Vital statistics of India. Vol. IV, Annual returns from 1871 to 1876. British Army of India, Native Army and jails of Bengal
Year: 1871
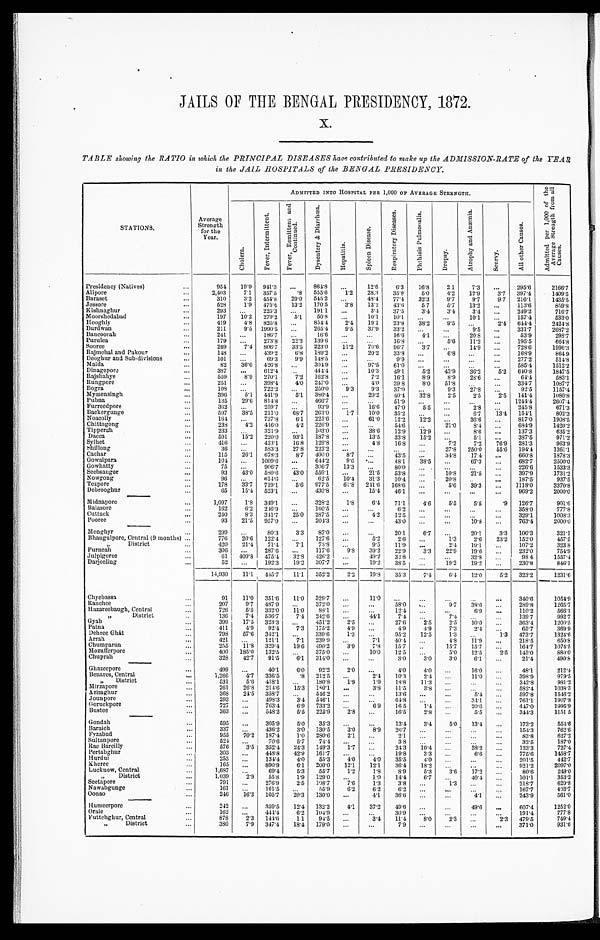
J A I L S O F T H E B E N G A L P R E S I D E N C Y 1 8 7 2 .
TABLE showing the RATIO in which the PRINCIPAL DISEASES have contributed to make up the ADMISSION-RATE of the FEAR
in the JAIL HOSPITALS of the BENGAL PRESIDENCY.
S T A T I O N S .
Average
Strength
for the
Year.
ADMITTED INTO HOSPITAL PER 1,000 OF AVERAGE STRENGTH.
A d m i t t e d p e r 1 , 0 0 0 o f t h e A v e r a g e S t r e n g t h f r o m a l l C a u s e s .
C h o l e r a .
F e v e r , I n t e r m i t t e n t .
F e v e r , R e m i t t e n t a n d C o n t i n u e d .
D y s e n t e r y &
D i a r r h œ a .
H e p a t i t i s .
S p l e e n D i s e a s e .
R e s p i r a t o r y D i s e a s e s .
P h t h i s i s P u l m o n a l i s .
D r o p s y .
A t r o p h y a n d A n æ m i a .
S c u r v y .
A l l o t h e r C a u s e s .
Presidency (Natives) . . .
954
19.9 941.3
. . . 864.8
. . .
12.6
6.3
16.8
21
7.3
. . . 295.6
2166.7
Alipore . . .
2,403
7.1
357.5
.8
555.6
1.2
28.3
35.8
5.0
4 . 2 12.9
3.7 397.4
1409.5
Baraset . . .
310
3.2 454.8
29.0 545.2
. . .
48.4
77.4
32.3
9.7
9.7
9.7
216.1
1435.5
Jessore . . .
528
1.9
475.4
13.2
170.5
3.8
13.2
43.6
5.7
5.7
13.2
. . . 113.6
859.8
Kishnaghur . . .
293
. . . 225.3
. . . 191.1
. . .
3.4
37.5
3.4
3.4
3 . 4
. . .
249.2
716.7
Moorshedabad . . .
197
10.2
279.2
5.1
50.8
. . .
10.1
10.1
. . .
. . .
10.1
. . . 157.4
533.0
Hooghly . . .
419
4.8
825.8 . . .
854.4
2.4
19.1
23.8
38.2
9.5
. . .
2.4 644.4
2424.8
Burdwan . . .
211
9.5 1990.5
. . . 265.4
9.5
37.9
33.2
. . .
. . .
9.5
. . . 331.7
2687.2
Bancoorah . . .
241
. . . 186.7
. . .
16.6
. . .
. . .
16.6 . . .
. . .
20.8
. . .
53.9
298.7
Purulea . . .
179
. . . 273.8
22.3
139.6
. . .
. . .
16.8
. . .
5.6
11.2
. . . 195.5
664.8
Sooree . . .
269
7.4 806.7
33.5 223.0
11.2
71.6
96.7
3.7
. . .
14.9
. . . 728.6
1996.3
Bajmehal and Pakour . . .
148
. . . 439.2
6.8 189.2
. , .
20.2
330.8
. . .
6.8
. . .
. . . 168.9
864.9
Deoghur and Sub-divisions . . .
101
. . .
69.3
9.9 148.5
. . .
. . .
9.9 . . .
. . .
. . .
. . . 277.2
514.8
Malda . . .
82
36.6 426.8
. . . 304.9
. . .
97.5
61.0
. . .
. . .
. . .
. . . 585.4
1512.2
Dinagepore . . .
387
. . . 612.4
. . . 444.4
. . .
10.3
49.1
5.2
43.9
36.2
5.2 640.8
1847.5
Rajshahye . . .
559
8.9
270.1
7.2 162.8
. . .
7.2
16.1
8.9
8.9
28.6
. . .
64.4
583.1
Rungpore . . .
251
. . . 398.4
4 . 0 247.0
. . .
4.0
39.8
8.0
51.8
. . .
. . . 334.7
1087.7
Bogra . . .
108
. . . 722.2
. . . 250.0
9.3
9.3
37.0
. . .
9.3
27.8
. . .
92.5
1157.4
Mymensingh . . .
396
5.1
441.9
5.1 386.4
. . .
20.2
40.4
32.8
2.5
2.5
2.5 141.4
1080.8
Pubna . . .
135
29.6 814.8
. . . 466.7
. . .
. . .
51.9
. . .
. . .
. . .
. . . 1244.4
2607.4
Furreedpore . . .
362
. . . 259.7
. . .
9 3 . 9
. . .
16.6
47.0
5.5
. . .
2.8
. . . 245.8
671.3
Backergunge . . .
597
38.5
211.0
68.7 263.0
1.7
10.0
35.2
. . .
. . .
6.7
13.4 154.1
802.3
Noacolly . . .
164
. . . 737.8
6.1
225.6
. . .
61.0
12.2
12.2
. . .
36.6
. . . 817.0
1908.5
Chittagong . . .
238
4.2 416.0
4.2
226.9
. . .
. . .
54.6
. . .
21.0
8 . 4
. . .
684.9
1420.2
Tipperah . . .
233
. . . 321.9
. . . 103.0
. . .
38.6
12.9
12.9
. . .
8.6
. . . 137.3
635.2
Dacca . . .
591
15.2
220.0
93.1
187.8
. . .
13.5
33.8
15.2
. . .
5.1
. . . 387.5
971.2
Sylhet . . .
416
. . . 423.1
16.8
129.8
. . .
4.8
16.8
. . .
7.2
7.2
76.9
281.3
963.9
Shillong . . .
36
. . . 583.3
27.8
222.2
. . .
. . .
. . .
. . .
27.8
250.0
55.6 194.4
1361.1
Cachar . . .
115
26.1
678.3
8.7 400.0
8.7
. . .
43.5
. . .
34.8
17.4
. . . 660.8
1878.3
Gowalpara . . .
104
. . . 1009.6
. . . 644.2
9.6
. . .
48.1
38.5
. . .
67.3
. . . 682.7
2500.0
Gowhatty . . .
75
. . . 906.
. . .
306.7
13.3
. . .
80.0
. . .
. . .
. . .
. . . 226.6
1533.3
Seebsaugor . . .
93
43.0
580.6
43.0
559.1
. . .
21.5
53.8
. . .
10.8
21.5
. . . 397.9
1731.2
Nowgong . . .
96
. . . 614.6
. . .
62.5
10.4
31.3
10.4
. . .
20.8
. . .
. . . 187.5
937.5
Tezpore . . .
178
33.7
719.1
5.6
977.5
61.8
241.6 168.6
. . .
5.6
39.3
. . . 1118.0
3370.8
Debrooghur . . .
65
15.4 523.1
. . . 430.8
. . .
15.4
46.1
. . .
. . .
. . .
. . . 969.2
2000.0
Midnapore . . .
1,097 1.8
349.1
. . . 328.2
1.8
6.4
71.1
4.6
5.5
5.5
.9
126.7
901.6
Balasore . . .
162
6.2
246.9
. . . 160.5
. . .
. . .
6.2
. . .
. . .
. . .
. . . 358.0
777.8
Cuttack . . .
240
8.3
341.7
25.0
287.5
. . .
4.2
12.5
. . .
. . .
. . .
. . . 329.1
1008.3
Pooree . . .
93
21.5
957.0
. . .
204.3
. . .
. . .
43.0
. . .
. . .
10.8
. . . 763.4
2000.0
Monghyr . . .
299
. . . 80.3
3.3
87.0
. . .
. . . 20.1
6.7
. . .
20.1
3.3
100.3
321.1
Bhaugulpore, Central (9 months) . . .
776
20.6
122.4
. . .
127.6
. . .
5 . 2
2.6
. . .
1.3
2.6
23.2
152.0
457.5
" District . . .
420
21.4
71.4
7.1
73.8
. . .
9.5
11.9
. . .
2.4
19.1
. . . 107.2
323.8
Purneah . . .
306
. . . 287.6
. . .
117.6
9.8
39.2
22.9
3.3
22.9
19.6
. . . 232.0
754.9
Julpigoree . . .
61
409.8 475.4
32.8 426.2
. . .
49.2
32.8
. . .
. . .
32.8
. . .
98.4
1557.4
Darjeeling . . .
52
. . . 192.3
19.2 307.7
. . .
19.2
38.5
. . .
19.2
19.2
. . . 230.8
846.
1 4 , 9 3 0
11.1
445.7
11.1
352.2
2.2
19.8
35.3
7.4
6.4
12.0
5.2 323.2
1231.6
Cliyebassa . . .
91
11.0 351.6
11.0
329.7
. . .
11.0
. . .
. . .
. . .
. . .
. . .
340.6
1054.9
Ranchee . . .
207
9.7
487.9
. . . 372.0
. . .
. . .
58.0
. . .
9.7
38.6
. . .
289.8
1265.7
Hazareebaugh, Central . . .
726
5.5
332.0
11.0
88.1
. . .
. . .
12.4
. . .
. . .
6 . 9
. . .
110.2
566.1
" Di s t r i c t . . .
136
7.4 536.7
7.4 242.6
. . .
44.1
7.4
. . .
7.4
. . .
. . . 139.7
992.7
Gyah . . .
399
17.5 323.3
. . . 451.2
2.5
. . . 27.6
2.5
2.5
10.0
. . .
363.4
1200.5
Patna . . .
411
4.9
92.4
7.3 175.2
4.9
. . .
4.9
4.9 7.3
2.4
. . .
65.7
369.9
Dehree Ghât . . .
798
57.6 342.1
. . . 339.6
1.3
. . .
95.2
12.5
1.3
. . .
1.3 473.7
1324.6
Arrah . . .
421
. . .
121.1
7.1
239.9
. . .
7.1
40.4
. . .
4.8
11.9
. . .
218.5
650.8
Chumparun . . .
255
11.8 329.4
19.6 490.2
3.9
7.8
15.7
. . .
15.7
15.7
. . .
164.7
1074.5
Mozufferpore . . .
4 0 0 185.0
132.5
. . . 375.0
. . .
10.0
12.5
. . .
5.0
12.5
2.5 145.0
880.0
Chuprah . . .
328
42.7
91.5
6.1
314.0
. . .
. . .
3.0
3.0
3.0
6.1
. . .
21.4
490.8
Ghazeepore . . .
499
. . .
40.1
6.0 92.2
2.0
. . .
4 . 0
4.0
. . .
16.0
. . .
48.1
212.4
Benares, Central . . .
1,266
4.7 330.5
.8 212.5
. . .
2.4
10.3 2.4
. . . 11.0
. . .
398.9
979.5
" D i s t r i c t . . .
531
5.6 418.1
. . . 180.8
1.9
1.9
18.8
11.3
. . .
. . .
. . .
342.8
981.2
Mirzapore . . ..
261
26.8 214.6
15.3
180.1
. . .
3.8
11.5
3.8
. . .
. . .
. . .
582.4
1038.3
Azimghur . . .
318
24.5 358.7
. . . 546.2
. . .
. . .
13.6
. . .
. . .
5.4
. . .
597.8
1546.2
Jounpore . . .
293
. . .
498.3
3.4 546.1
. . .
. . .
64.8
. . .
. . . 34.1
. . .
761.1
1907.8
Goruckpore . . .
727
. . .
763.4
6.9 733.2
. . .
6.9
16.5
1.4
. . . 20.6
. . .
447.0
1995.9
Bustee . . .
3 6 3
. . .
548.2
5.5 225.9
2.8
. . .
16.5
2.8
. . .
5.5
. . .
344.3
1151.5
Gondah . . .
595
. . .
305.9
5.0
35.3
. . .
. . .
13.4
3.4
5.0
13.4
. . .
173.2
554.6
Baraich . . .
337
. . .
436.2
3.0 130.5
3.0
8.9
26.7
. . .
. . .
. . .
. . .
154.3
762.6
F y z a b a d . . .
955
70.
187.4
1.0
280.6 2.1
. . .
2 . 1 . . .
. . .
. . .
. . .
83.8
627.2
Sultanpore . . .
524
. . .
70.6
5.7
74.4
. . .
. . .
3.8
. . .
. . .
. . .
. . .
32.5
187.0
Bareilly . . .
576
3.5 352.4
24.3 149.3
1.7
. . .
24.3
10.4
. . . 38.2
. . .
123.3
727.4
Pertabghu . . .
303
. . .
448.8
42.9 161.7
. . .
. . .
19.8
3.3
. . .
6.6
. . .
775.6
1458.7
Hurdui . . .
253
. . .
134.4
4.0
55.3
4 . 0
4 . 0 35.5
4 . 0
. . .
. . .
. . .
201.5
442.7
Hheree . . .
165
. . .
890.9
6.1
200.0
12.1
12.1
36.4
18.2
. . .
. . .
. . .
921.2
2097.0
Lucknow, Central . . .
1,687
. . .
69.4
5.3
55.7
1.2
1.8
8.9
5.3
3.6
17.2
. . .
80.6
249.0
District . . .
1,039
2.9
55.8
1.9
129.0
. . .
1.0
14.4
6.7
. . . 40.4
. . .
101.1
353.2
" S e e t a p o r e . . .
791
. . .
276.9
2.5 198.7
7.6
1.3
3.8
. . .
1.3
. . .
. . .
218.7
620.8
Nawabgunge . . ..
161
. . .
161.5
. . .
55.9
6.2
6.2
6.2
. . .
. . .
. . .
. . .
167.7
403.7
Oonao . . .
240
16.3
105.7
20.3
130.0
. . .
4.1
36.6
. . .
. . .
4 . 1
. . .
243.9
561.0
Humeerpore . . .
242
. . .
359.5
12.4 132.2
4.1
37.2
49.6
. . .
. . . 49.6
. . .
607.4
1252.0
Orate . . .
162
. . .
441.4
6.2
104.9
. . .
. . .
30.9
. . .
. . .
. . .
. . .
191.4
777.8
Futtehghur, Central . . .
878
2.3
141.6
11
94.5
. . .
3.4
11.4
8.0
2.3
. . .
2.3 479.5
749.4
" District . . .
380
7.9 347.4
18.4
179.0
. . .
. . .
7.9
. . .
. . . . . .
. . .
371.0
931.6